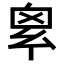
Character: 𢇆